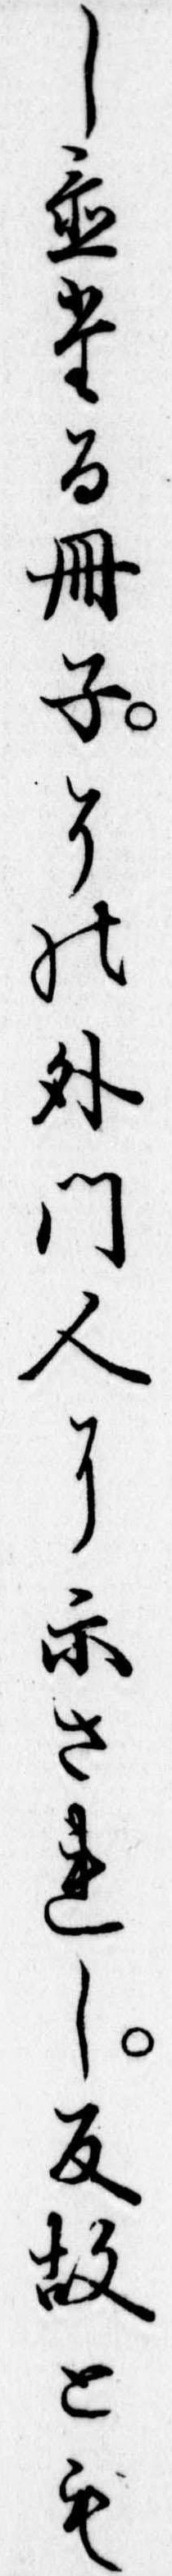
し置たる冊子その外門人に示されし反故とも